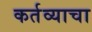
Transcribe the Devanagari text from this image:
कर्तव्याचा